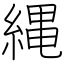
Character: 縄